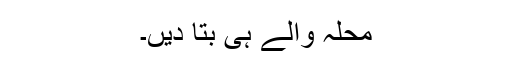
محلہ والے ہی بتا دیں۔